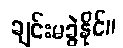
ချင်းမခွဲနိုင်။